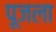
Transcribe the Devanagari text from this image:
पूजला